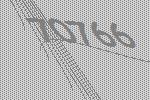
70766